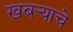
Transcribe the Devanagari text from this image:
खबर्‍याचे